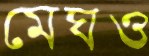
মেঘও